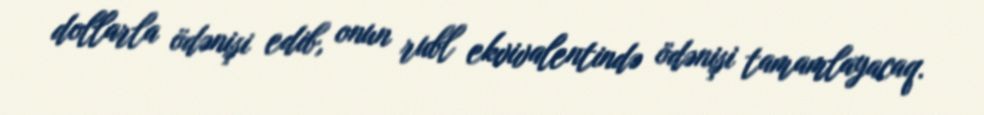
dollarla ödənişi edib, onun rubl ekvivalentində ödənişi tamamlayacaq.